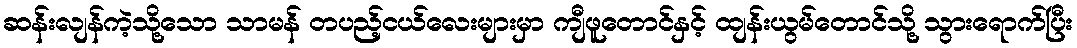
ဆန်းလျန်ကဲ့သို့သော သာမန် တပည့်ငယ်လေးများမှာ ကျီဖူတောင်နှင့် ထျန်းယွမ်တောင်သို့ သွားရောက်ပြီး